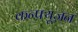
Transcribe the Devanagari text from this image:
कन्फ़्यूज़न